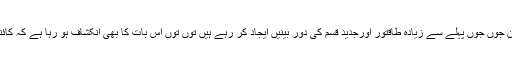
مزید حیرت کی بات یہ ہے کہ ہیئت دان جوں جوں پہلے سے زیادہ طاقتور اورجدید قسم کی دور بینیں ایجاد کر رہے ہیں توں توں اس بات کا بھی انکشاف ہو رہا ہے کہ کائنات میں ہر آن مزید وسعت ہور ہی ہے۔